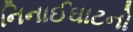
નિનાઈઘાટનો